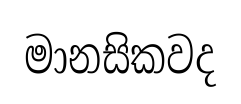
මානසිකවද